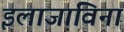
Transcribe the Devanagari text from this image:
इलाजाविना